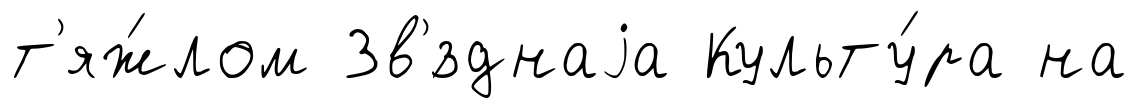
т'яж́лом Зв'́зднаjа Культу́ра на